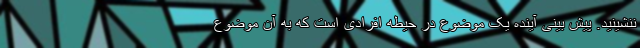
ننشینید. پیش بینی آینده یک موضوع در حیطه افرادی است که به آن موضوع